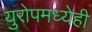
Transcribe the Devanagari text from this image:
युरोपमध्येही